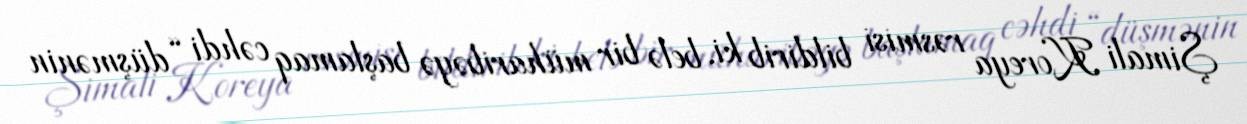
Şimali Koreya rəsmisi bildirib ki, belə bir müharibəyə başlamaq cəhdi “düşmənin